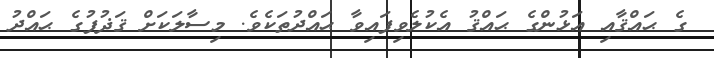
ގެ ޙައްޤާއި އަޅުންގެ ޙައްޤު އެކުލެވިފައިވާ ޙައްދުތަކެވެ. މިސާލަކަށް ޤަޛުފުގެ ޙައްދު